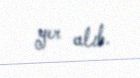
yer alıb.